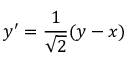
y ^ { \prime } = \frac { 1 } { \sqrt { 2 } } ( y - x )